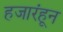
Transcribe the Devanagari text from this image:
हजारंहून